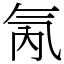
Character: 氝